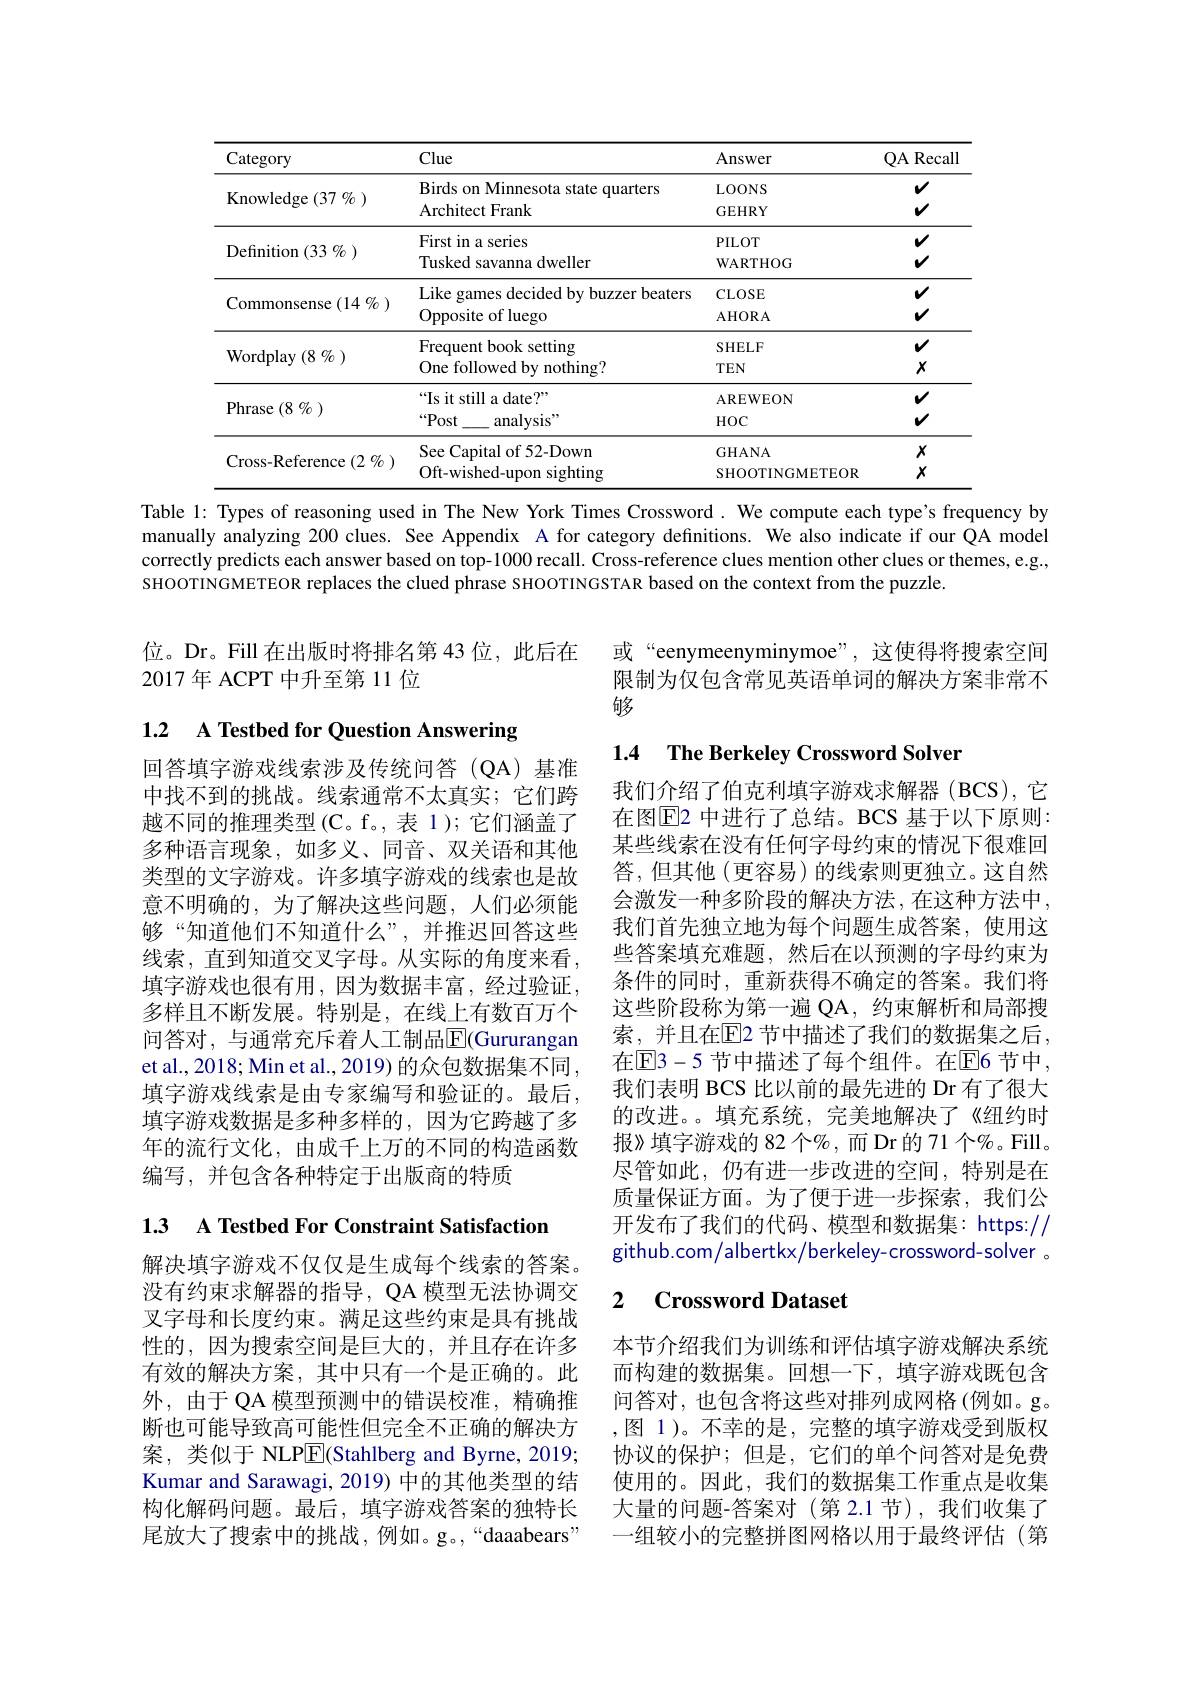
<table>
	<tbody>
		<tr>
			<th>Category</th>
			<th>Clue</th>
			<th>Answer</th>
			<th>QA RecalI</th>
		</tr>
		<tr>
			<td rowspan="3">Knowledge ( 37 $\%$ ) </td>
			<td>Birds on Minnesota state quarters Architect Frank</td>
			<td>LOONS GEHRY</td>
			<td>$Y$</td>
		</tr>
		<tr>
			<td>Birds on Minnesota state quarters</td>
			<td>LOONS</td>
			<td>$v$</td>
		</tr>
		<tr>
			<td>Architect Frank</td>
			<td>GEHRY</td>
			<td>$v$</td>
		</tr>
		<tr>
			<td rowspan="2">${\mathrm{Definition~}(33~\%~)}$</td>
			<td>First in a series</td>
			<td>PILOT</td>
			<td>$v$</td>
		</tr>
		<tr>
			<td>Tusked savanna dweller</td>
			<td>WARTHOG</td>
			<td>$v$</td>
		</tr>
		<tr>
			<td rowspan="2">Commonsense (14 % )</td>
			<td>Like games decided by buzzer beaters</td>
			<td>CLOSE</td>
			<td>$v$</td>
		</tr>
		<tr>
			<td>Opposite of luego</td>
			<td>AHORA</td>
			<td>$v$</td>
		</tr>
		<tr>
			<td rowspan="2">${\mathrm{Wordplay~}(8\%)}$</td>
			<td>Frequent book setting</td>
			<td>SHELF</td>
			<td>$v$</td>
		</tr>
		<tr>
			<td>One followed by nothing?</td>
			<td>$TEN$</td>
			<td>$X$</td>
		</tr>
		<tr>
			<td rowspan="2">${\mathrm{Phrase}}\left(8\:\%\:\right)$</td>
			<td>$“$Is it still a date?”</td>
			<td>AREWEON</td>
			<td>$v$</td>
		</tr>
		<tr>
			<td>$“Post$ analysis"</td>
			<td>$HOC$</td>
			<td>$v$</td>
		</tr>
		<tr>
			<td rowspan="2">Cross- Reference$\left ( 2\begin{array} { c } {0}\end{array} \right )$</td>
			<td>See Capital of 52-Down</td>
			<td>GHANA</td>
			<td>$X$</td>
		</tr>
		<tr>
			<td>Oft-wished-upon sighting</td>
			<td>SHOOTINGMETEOR</td>
			<td>$X$</td>
		</tr>
	</tbody>
</table>

Table l: Types of reasoning used in The New York Times Crossword. We compute each type's frequency by manually analyzing 200 clues. See Appendix A for category definitions. We also indicate if our QA model correctly predicts each answer based on top-1000 recall. Cross-reference clues mention other clues or themes, e.g., SHOOTINGMETEOR replaces the clued phrase SHOOTINGSTAR based on the context from the puzzle.

位。Dr。Fill 在出版时将排名第 43 位，此后在
2017年 ACPT 中升至第 11 位

或“eenymeenyminymoe”,这使得将搜索空间限制为仅包含常见英语单词的解决方案非常不够

# 1.2 A Testbed for Question Answering

### 1.4 The Berkeley Crossword Solver

回答填字游戏线索涉及传统问答(QA)基准中找不到的挑战。线索通常不太真实；它们跨越不同的推理类型(C。f。,表 1); 它们涵盖了多种语言现象，如多义、同音、双关语和其他类型的文字游戏。许多填字游戏的线索也是故意不明确的，为了解决这些问题，人们必须能够“知道他们不知道什么”,并推迟回答这些线索，直到知道交叉字母。从实际的角度来看， 填字游戏也很有用，因为数据丰富，经过验证， 多样且不断发展。特别是，在线上有数百万个问答对，与通常充斥着人工制品$\overline{\mathrm{E}}($Gururangan et al., 2018; Min et al., 2019) 的众包数据集不同， 填字游戏线索是由专家编写和验证的。最后， 填字游戏数据是多种多样的，因为它跨越了多年的流行文化，由成千上万的不同的构造函数编写，并包含各种特定于出版商的特质

我们介绍了伯克利填字游戏求解器(BCS),它在图$\overline{\mathrm{E}}$2 中进行了总结。BCS 基于以下原则： 某些线索在没有任何字母约束的情况下很难回答，但其他(更容易)的线索则更独立。这自然会激发一种多阶段的解决方法，在这种方法中， 我们首先独立地为每个问题生成答案，使用这些答案填充难题，然后在以预测的字母约束为条件的同时，重新获得不确定的答案。我们将这些阶段称为第一遍 QA, 约束解析和局部搜索，并且在$\overline{\mathrm{E}}$2 节中描述了我们的数据集之后， 在$\overline{\mathrm{E}}3-5$ 节中描述了每个组件。在$\overline{\mathrm{E}}6$ 节中， 我们表明 BCS 比以前的最先进的 Dr 有了很大的改进。。填充系统，完美地解决了《纽约时报》填字游戏的 82 个%,而 Dr 的 71 个%。Fill。尽管如此，仍有进一步改进的空间，特别是在质量保证方面。为了便于进一步探索，我们公开发布了我们的代码、模型和数据集：https:// github.com/albertkx/berkeley-crossword-solver 。

13 A Testbed For Constraint Satisfaction

### 2 $\textbf{Crossword Dataset}$

解决填字游戏不仅仅是生成每个线索的答案。没有约束求解器的指导，QA 模型无法协调交叉字母和长度约束。满足这些约束是具有挑战性的，因为搜索空间是巨大的，并且存在许多有效的解决方案，其中只有一个是正确的。此外，由于 QA 模型预测中的错误校准，精确推断也可能导致高可能性但完全不正确的解决方案，类似于 NLPE(Stahlberg and Byrne,2019; Kumar and Sarawagi, 2019) 中的其他类型的结构化解码问题。最后，填字游戏答案的独特长尾放大了搜索中的挑战，例如。g。,“daaabears”

本节介绍我们为训练和评估填字游戏解决系统而构建的数据集。回想一下，填字游戏既包含问答对，也包含将这些对排列成网格(例如。g。,图 1)。不幸的是，完整的填字游戏受到版权协议的保护；但是，它们的单个问答对是免费使用的。因此，我们的数据集工作重点是收集大量的问题-答案对(第 2.1节),我们收集了一组较小的完整拼图网格以用于最终评估(第